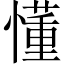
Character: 懂